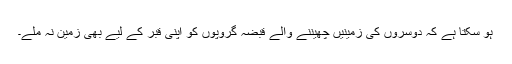
ہو سکتا ہے کہ دوسروں کی زمینیں چھیننے والے قبضہ گروپوں کو اپنی قبر کے لیے بھی زمین نہ ملے۔